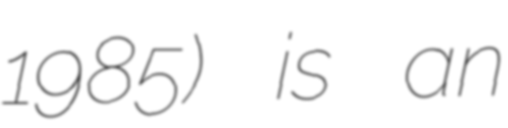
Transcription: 1985) is an